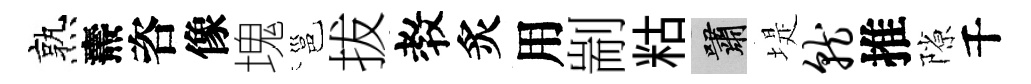
熟燾咨像塊邕拔教炙用剬䊀嘯堤就推隙千